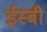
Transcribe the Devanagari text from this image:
ईस्बी